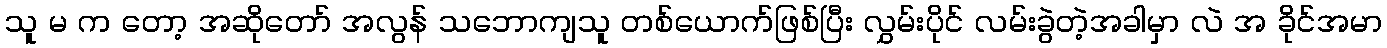
သူ မ က တော့ အဆိုတော် အလွန် သဘောကျသူ တစ်ယောက်ဖြစ်ပြီး လွှမ်းပိုင် လမ်းခွဲတဲ့အခါမှာ လဲ အ ခိုင်အမာ